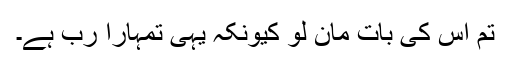
تم اس کی بات مان لو کیونکہ یہی تمہارا رب ہے۔